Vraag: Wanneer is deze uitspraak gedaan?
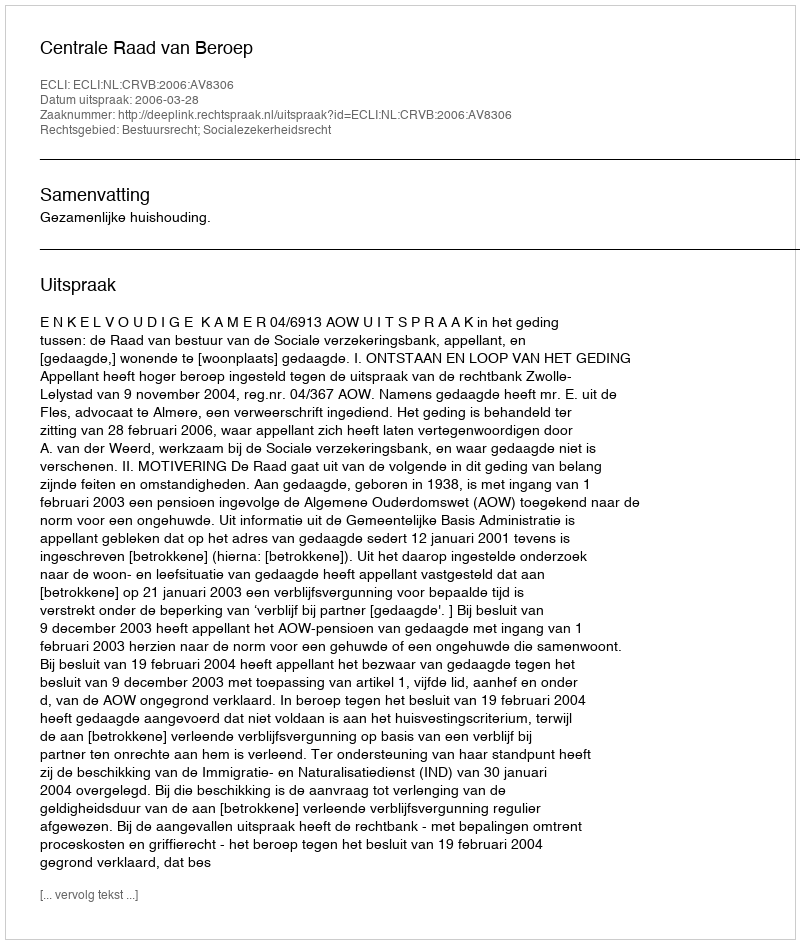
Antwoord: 2006-03-28